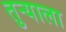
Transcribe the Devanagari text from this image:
तुर्‍याला